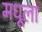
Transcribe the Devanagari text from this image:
मधूला